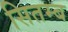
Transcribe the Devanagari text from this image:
सितम्ब